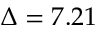
\Delta = 7 . 2 1